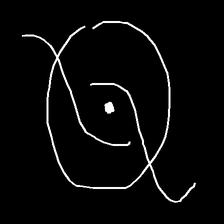
Glyph: repetition